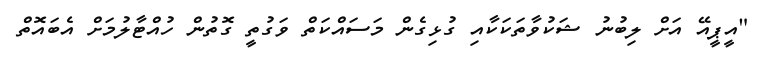
"އީޕީއޭ އަށް ލިބުނު ޝަކުވާތަކަކާއި ގުޅިގެން މަސައްކަތް ވަގުތީ ގޮތުން ހުއްޓާލުމަށް އެބައޮތް